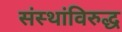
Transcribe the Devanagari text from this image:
संस्थांविरुद्ध